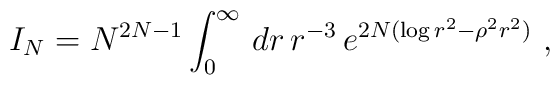
I_N=N^{2N-1}\int_0^\infty\, dr\,r^{-3}\,e^{2N(\log r^2-\rho^2r^2)}\ ,